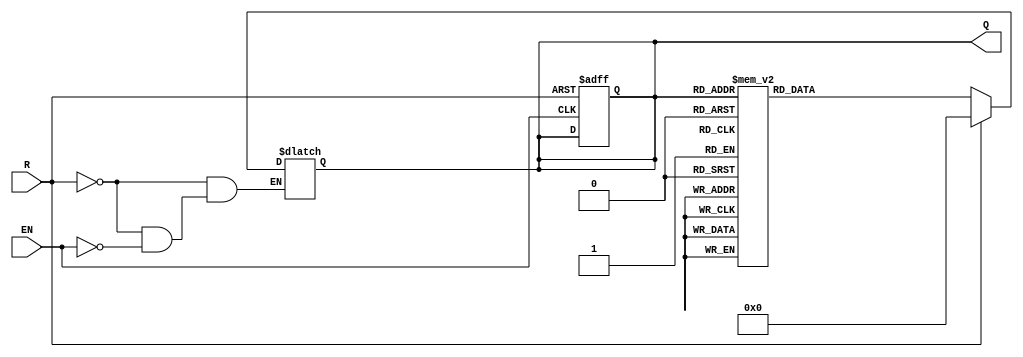
module BCD_Asynchronous_Counter (
    input wire EN,     // Enable signal
    input wire R,      // Asynchronous reset signal
    output reg [3:0] Q // 4-bit output representing BCD value
);

// State transition logic
always @(*) begin
    if (R) begin
        Q = 4'b0000; // Reset the counter to 0
    end else if (EN) begin
        case (Q)
            4'b0000: Q = 4'b0001; // 0 -> 1
            4'b0001: Q = 4'b0010; // 1 -> 2
            4'b0010: Q = 4'b0011; // 2 -> 3
            4'b0011: Q = 4'b0100; // 3 -> 4
            4'b0100: Q = 4'b0101; // 4 -> 5
            4'b0101: Q = 4'b0110; // 5 -> 6
            4'b0110: Q = 4'b0111; // 6 -> 7
            4'b0111: Q = 4'b1000; // 7 -> 8
            4'b1000: Q = 4'b1001; // 8 -> 9
            4'b1001: Q = 4'b0000; // 9 -> 0 (wrap around)
            default: Q = 4'b0000; // Default case (should not occur)
        endcase
    end
end

// Flip-flop behavior
always @(posedge EN or posedge R) begin
    if (R) begin
        Q <= 4'b0000; // Asynchronous reset
    end else begin
        Q <= Q; // Keep the current state (no clocking behavior)
    end
end

endmodule